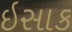
ઇસાક